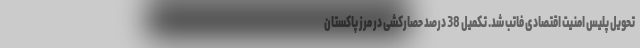
تحویل پلیس امنیت اقتصادی فاتب شد. تکمیل 38 درصد حصارکشی در مرز پاکستان